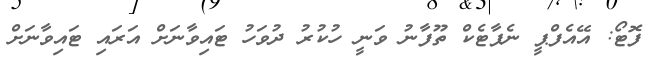
ފޮޓޯ: އޭއެފްޕީ ނެޕާޓެކް ތޫފާނު ވަނީ ހުކުރު ދުވަހު ޓައިވާނަށް އަރައި ޓައިވާނަށް